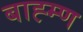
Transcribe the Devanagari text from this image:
बाह्म्ण